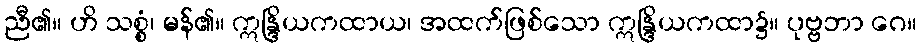
ညီ၏။ ဟိ သစ္စံ၊ မန်၏။ ဣန္ဒြိယကထာယ၊ အထက်ဖြစ်သော ဣန္ဒြိယကထာ၌။ ပုဗ္ဗဘာ ဂေ။